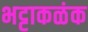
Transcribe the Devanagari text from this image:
भट्टाकळंक